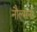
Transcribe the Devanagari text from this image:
नौल्सना